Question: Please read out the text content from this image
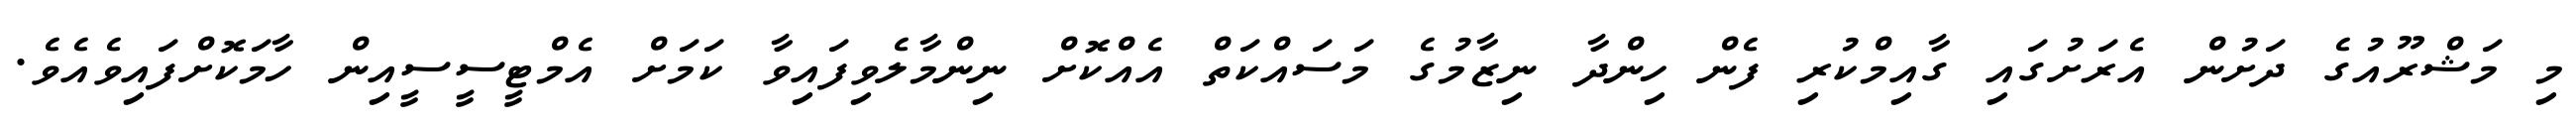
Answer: މި މަޝްރޫއުގެ ދަށުން އެރަށުގައި ގާއިމްކުރި ފެން ހިންދާ ނިޒާމުގެ މަސައްކަތް އެއްކޮށް ނިންމާލެވިފައިވާ ކަމަށް އެމްޓީސީސީއިން ހާމަކޮށްފައިވެއެވެ.